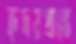
হৃদয়প্রান্তে